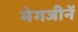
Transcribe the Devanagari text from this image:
मेगजीनें